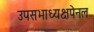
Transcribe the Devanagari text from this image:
उपसभाध्यक्षपेनल